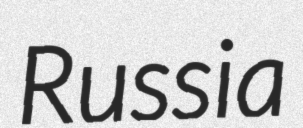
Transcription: Russia